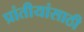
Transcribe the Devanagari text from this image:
प्रांतीयांसाठी